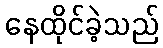
နေထိုင်ခဲ့သည်